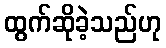
ထွက်ဆိုခဲ့သည်ဟု